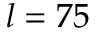
l = 7 5